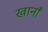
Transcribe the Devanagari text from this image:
खानाँ